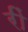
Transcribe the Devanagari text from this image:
रीं